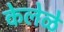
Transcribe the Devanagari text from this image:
केलेळे